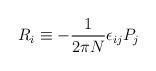
LaTeX: \begin{align*}R_i\equiv -{1\over 2\pi N} \epsilon_{ij} P_j \end{align*}